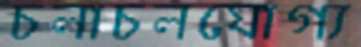
চলাচলযোগ্য